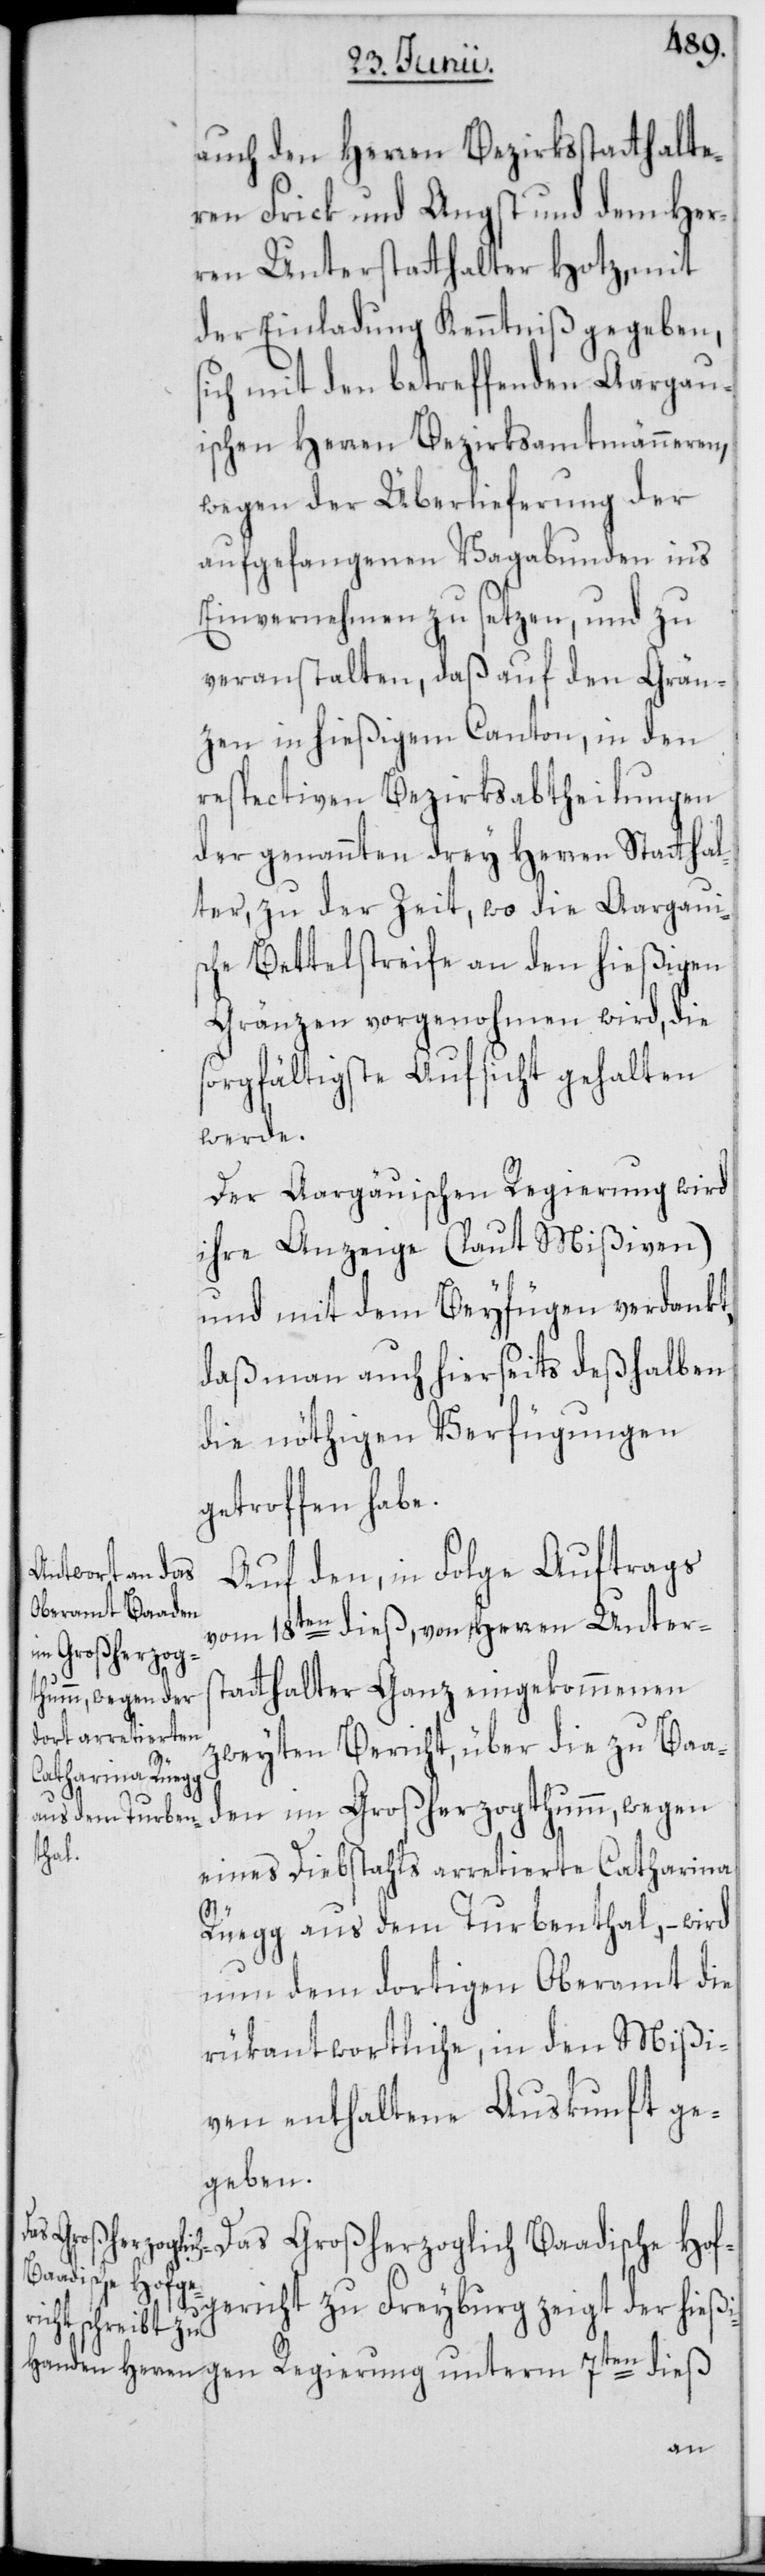
auch den Herren Bezirksstatthalte¬
ren Frick und Angst und dem Her¬
ren Unterstatthalter Hotz, mit
der Einladung Kenntniß gegeben,
sich mit den betreffenden Aargau¬
ischen Herren Bezirksamtmänneren,
wegen der Überlieferung der
aufgefangenen Vagabunden in's
Einvernehmen zu setzen, und zu
veranstalten, daß auf den Grän¬
zen in hießigem Canton, in den
respectiven Bezirksabtheilungen
der genannten drey Herren Statthal¬
ter, zu der Zeit, wo die Aargaui¬
sche Bettelstreife an den hießigen
Gränzen vorgenohmen wird, die
sorgfältigste Aufsicht gehalten
werde.
Der Aargäuischen Regierung wird
ihre Anzeige (laut Mißiven)
und mit dem Beyfügen verdankt,
daß man auch hierseits deßhalben
die nöthigen Verfügungen
getroffen habe.
Auf den, in Folge Auftrags
vom 18ten dieß, von Herren Unters¬
tatthalter Ganz eingekommenen
zweyten Bericht, über die zu Baa¬
den im Großherzogthumm, wegen
eines Diebstahls arretierte Catharina
Rüegg aus dem Turbenthal, – wird
nun dem dortigen Oberamt die
rükantwortliche, in den Mißi¬
ven enthaltene Auskunft ge¬
geben.
Das Großherzoglich Baadische Hof¬
gericht zu Freyburg zeigt der hießi¬
gen